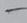
Text: -